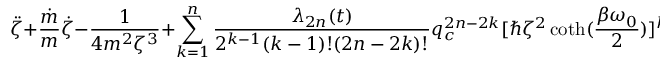
\ddot { \zeta } + \frac { \dot { m } } { m } \dot { \zeta } - \frac { 1 } { 4 m ^ { 2 } \zeta ^ { 3 } } + \sum _ { k = 1 } ^ { n } \frac { \lambda _ { 2 n } ( t ) } { 2 ^ { k - 1 } ( k - 1 ) ! ( 2 n - 2 k ) ! } q _ { c } ^ { 2 n - 2 k } [ \hbar \zeta ^ { 2 } \coth ( \frac { \beta \omega _ { 0 } } { 2 } ) ] ^ { k - 1 } \zeta = 0 .